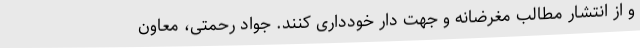
و از انتشار مطالب مغرضانه و جهت دار خودداری کنند. جواد رحمتی، معاون